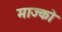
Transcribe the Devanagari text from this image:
माज्को